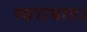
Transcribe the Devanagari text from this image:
स्वराघात।